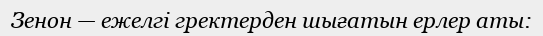
Зенон — ежелгі гректерден шығатын ерлер аты: